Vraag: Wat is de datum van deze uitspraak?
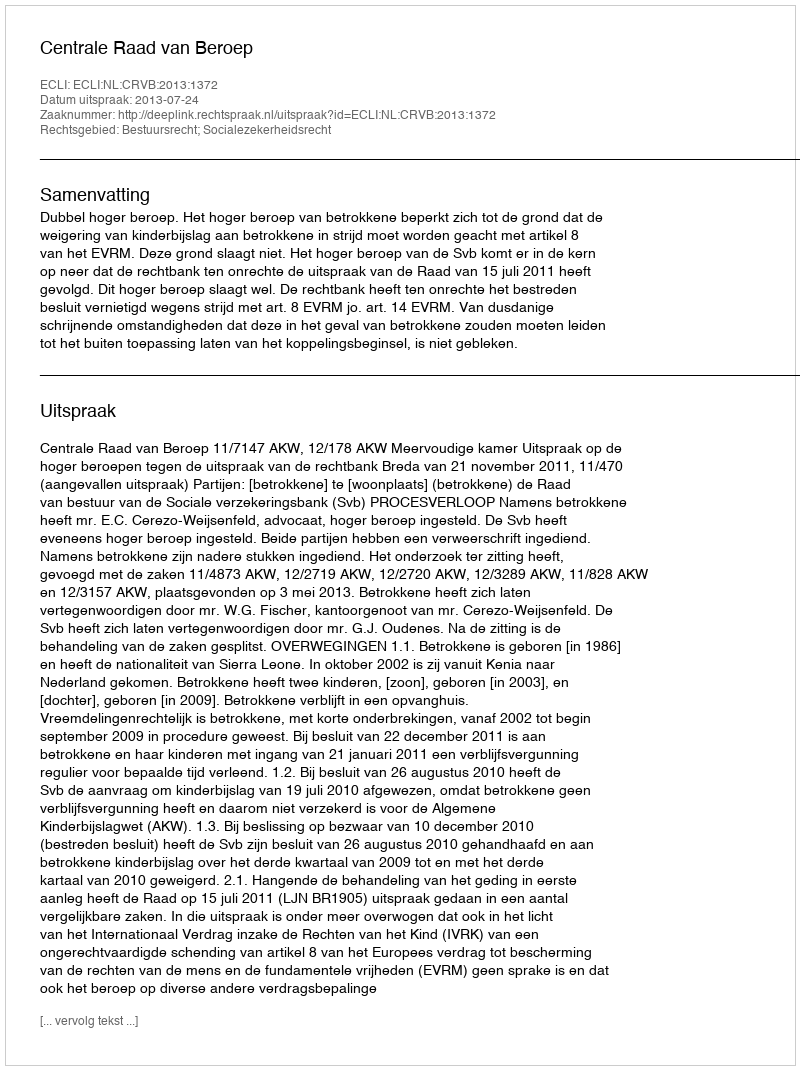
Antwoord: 2013-07-24